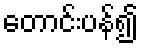
တောင်းပန်၍